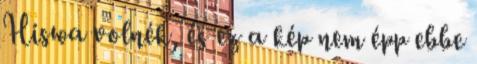
Hiswa volnék, és ez a kép nem épp ebbe